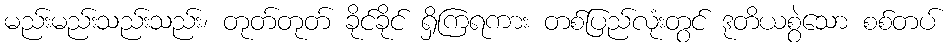
မည်းမည်းသည်းသည်း၊ တုတ်တုတ် ခိုင်ခိုင် ရှိကြရကား တစ်ပြည်လုံးတွင် ဒုတိယစွဲသော စစ်တပ်